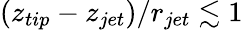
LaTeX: \left(z_{tip}-z_{jet}\right)/r_{jet}\lesssim 1